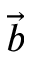
\vec { b }